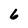
Character: 6